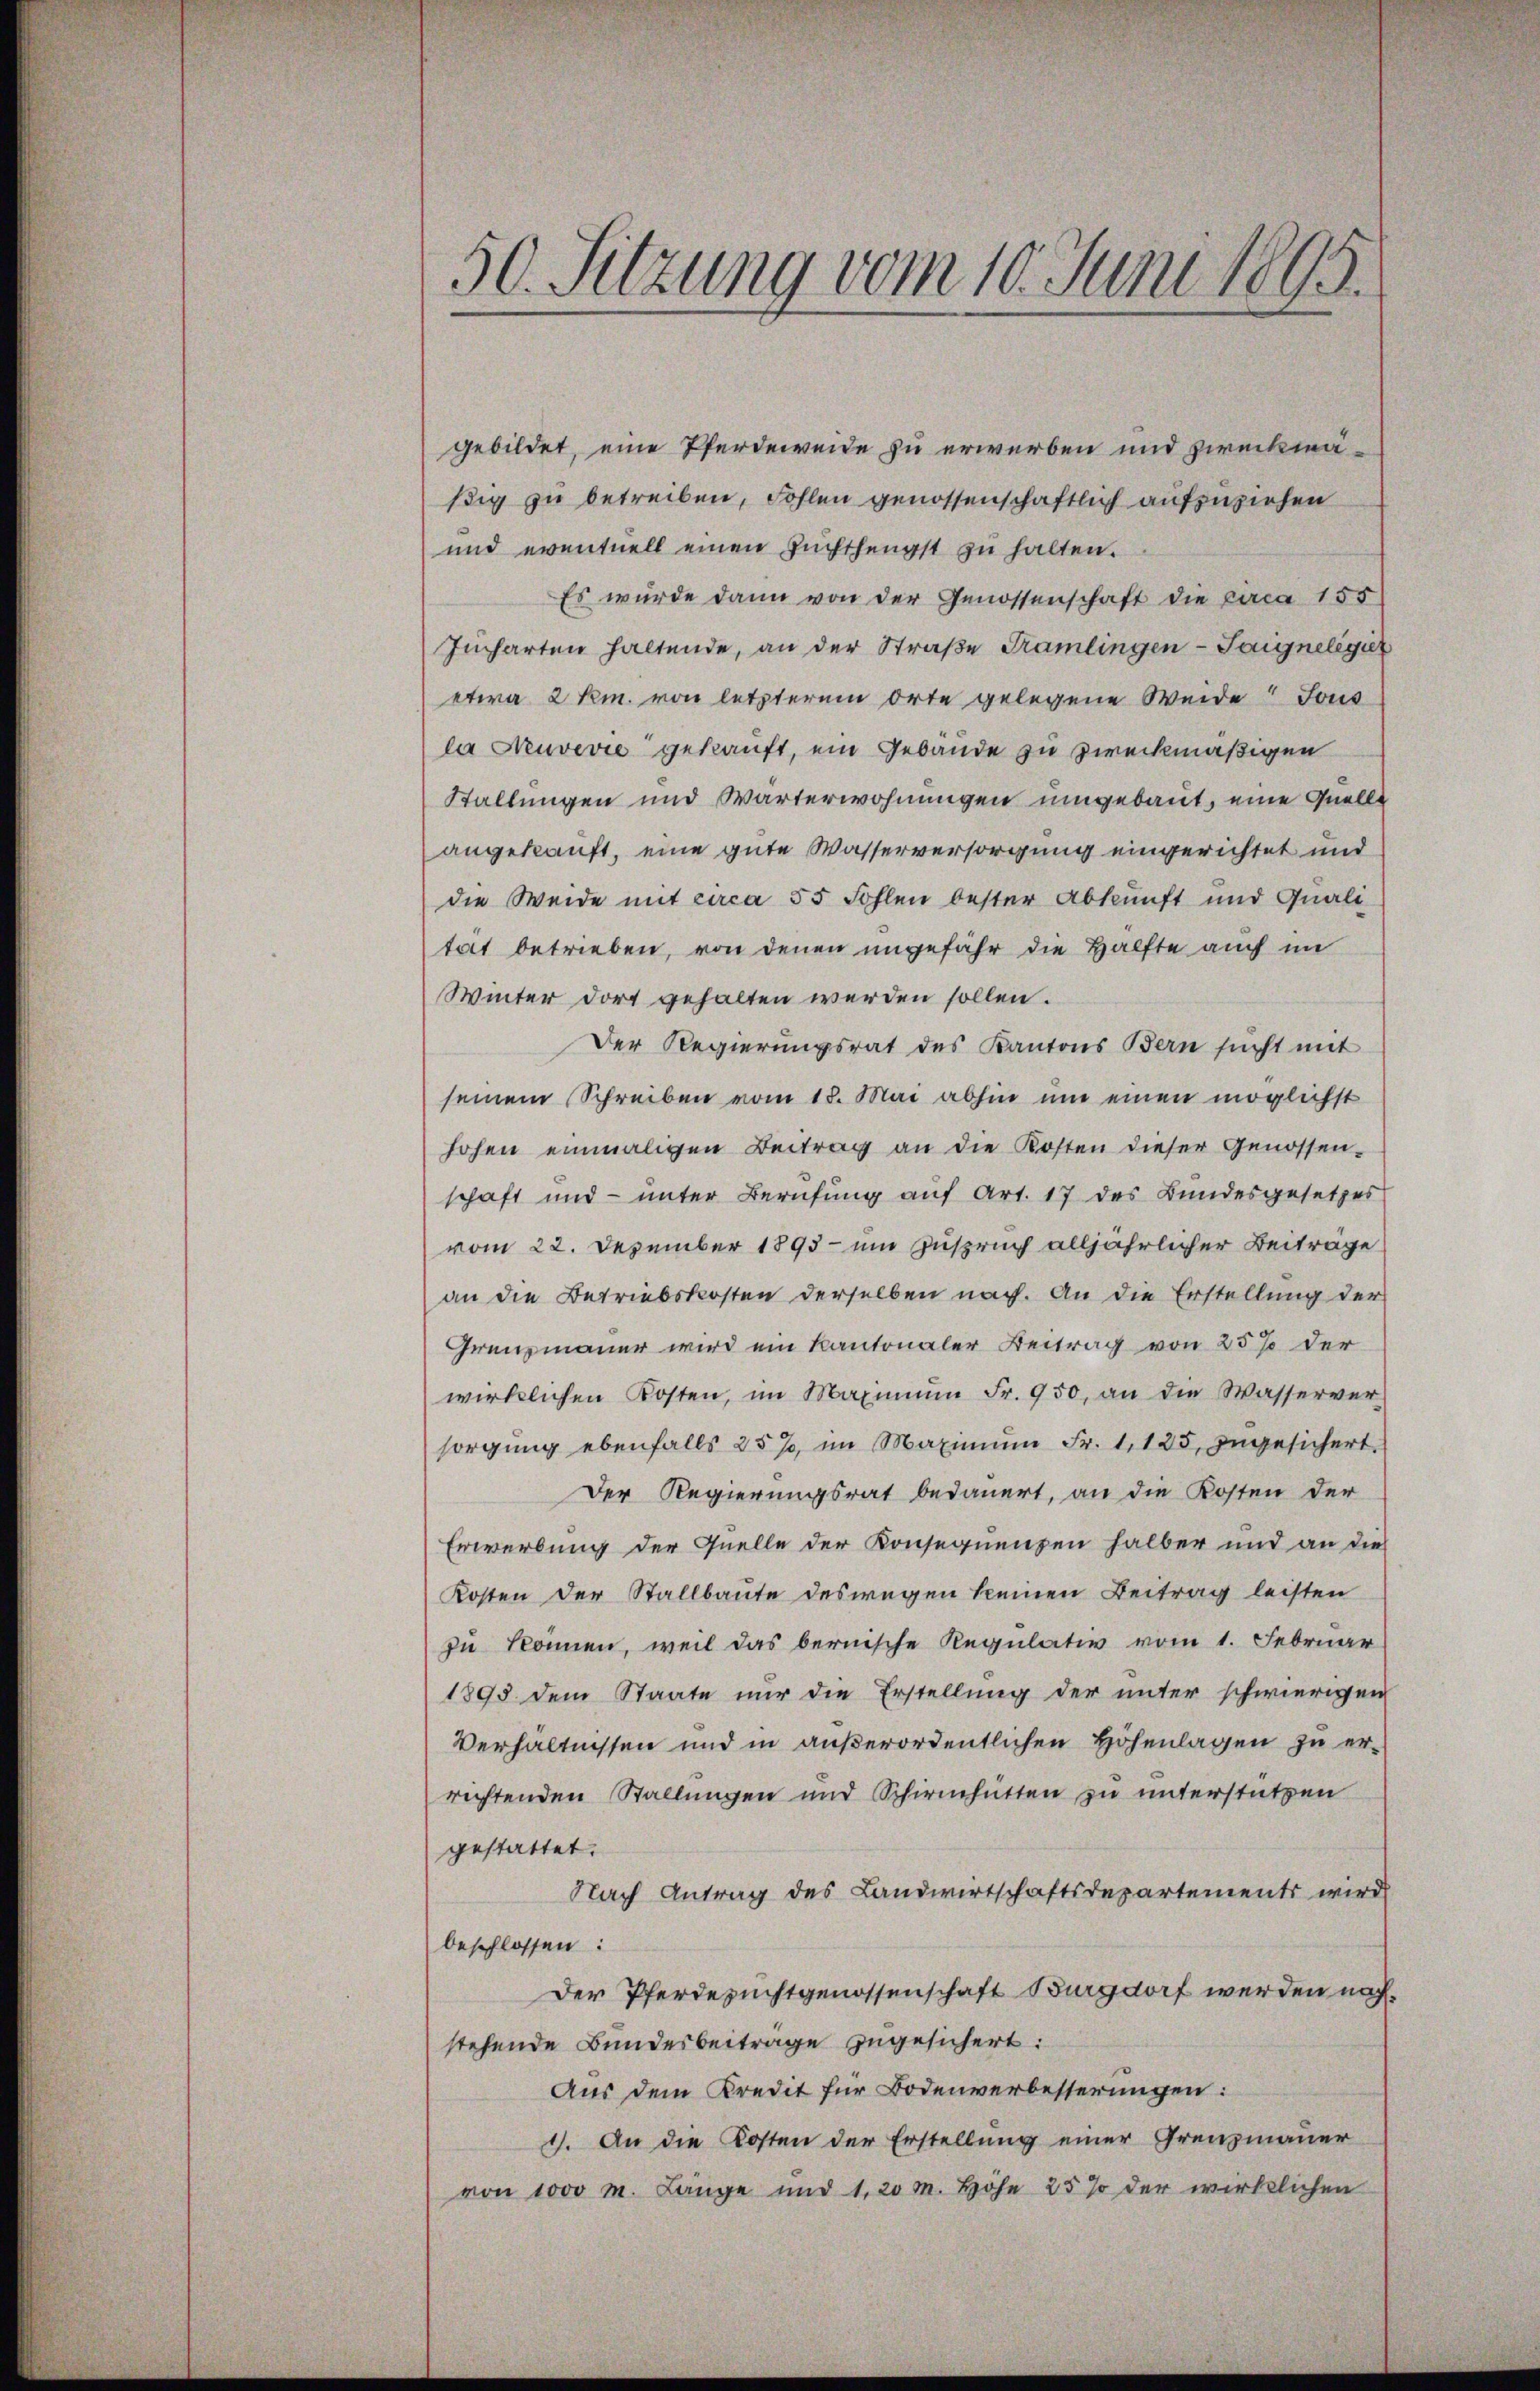
50. Sitzung vom 10. Juni 1895.

gebildet, eine Pferdeweide zu erwerben und zweckmäßig zu betreiben, Fohlen genossenschaftlich aufzuziehen
und eventuell einen Zuchthengst zu halten.
Es wurde dann von der Genossenschaft die circa 155
Jucharten haltende, an der Straβe Tramlingen-Taigneligier
etwa 2 Rm. von letzterem Orte gelegene Weide Tous
la Neuvević gekauft, ein Gebäude zu zweckmäßigen
Stallungen und Wärterwohnungen umgebaut, eine Quelle
angekauft, eine gute Wasserversorgung eingerichtet und
die Weide mit circa 55 Fohlen bester Abkunft und Quali
tait betrieben, von denen ungefähr die Hälfte auch im
Winter dort gehalten werden sollen.
Der Regierungsrat des Kantons Bern sŭcht mit
seinem Schreiben vom 18. Mai abhin um einen möglichst
hohen einmaligen Beitrag an die Kosten dieser Genossen-
schaft und unter Berufung auf Art. 17 des Bundesgesetzes
vom 22. Dezember 1893 - um Zuspruch alljährlicher Beiträge
an die Betriebskosten derselben nach. An die Erstellung der
Grenzmauer wird ein Kantonaler Beitrag von 25% der
wirklichen Kosten, im Maximŭm Fr. 950 an die Wasserver-
sorgŭng ebenfalls 25%, im Maximŭm Fr. 1125, Ingesichert.
Der Regierungsrat bedauert, an die Kosten der
Erwerbung der Quelle der Konsequenzen halber und an die
Kosten der Stallbaute deswegen keinen Beitrag leisten
zu können, weil das bernische Regulativ vom 1. Februar
1895 dem Staate nur die Erstellung der unter schwierigen
Verhältnissen und in außerordentlichen Höhenlagen zu errichtenden Stallungen und Schirnhatten zu unterstützen
gestattet.
Nach Antrag des Landwirtschaftsdepartements wird
beschlossen:
Der Pferdezuchtgenossenschaft Burgdorf werden nachstehende Bundesbeitrage zugesichert:
Aus dem Kredit für Bodenverbesserungen:
1. An die Kosten der Erstellung einer Grenzmauer
von 1000 M. Länge und 1, 20 M. Höhe 25% der wirklichen